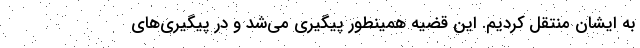
به ایشان منتقل کردیم. این قضیه همینطور پیگیری می‌شد و در پیگیری‌های